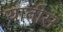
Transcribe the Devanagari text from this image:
यातीस